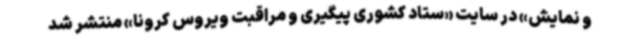
و نمایش» در سایت «ستاد کشوری پیگیری و مراقبت ویروس کرونا» منتشر شد